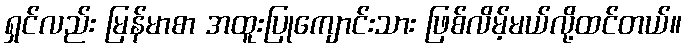
ရှင်လည်း မြန်မာစာ အထူးပြုကျောင်းသား ဖြစ်လိမ့်မယ်လို့ထင်တယ်။